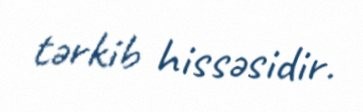
tərkib hissəsidir.